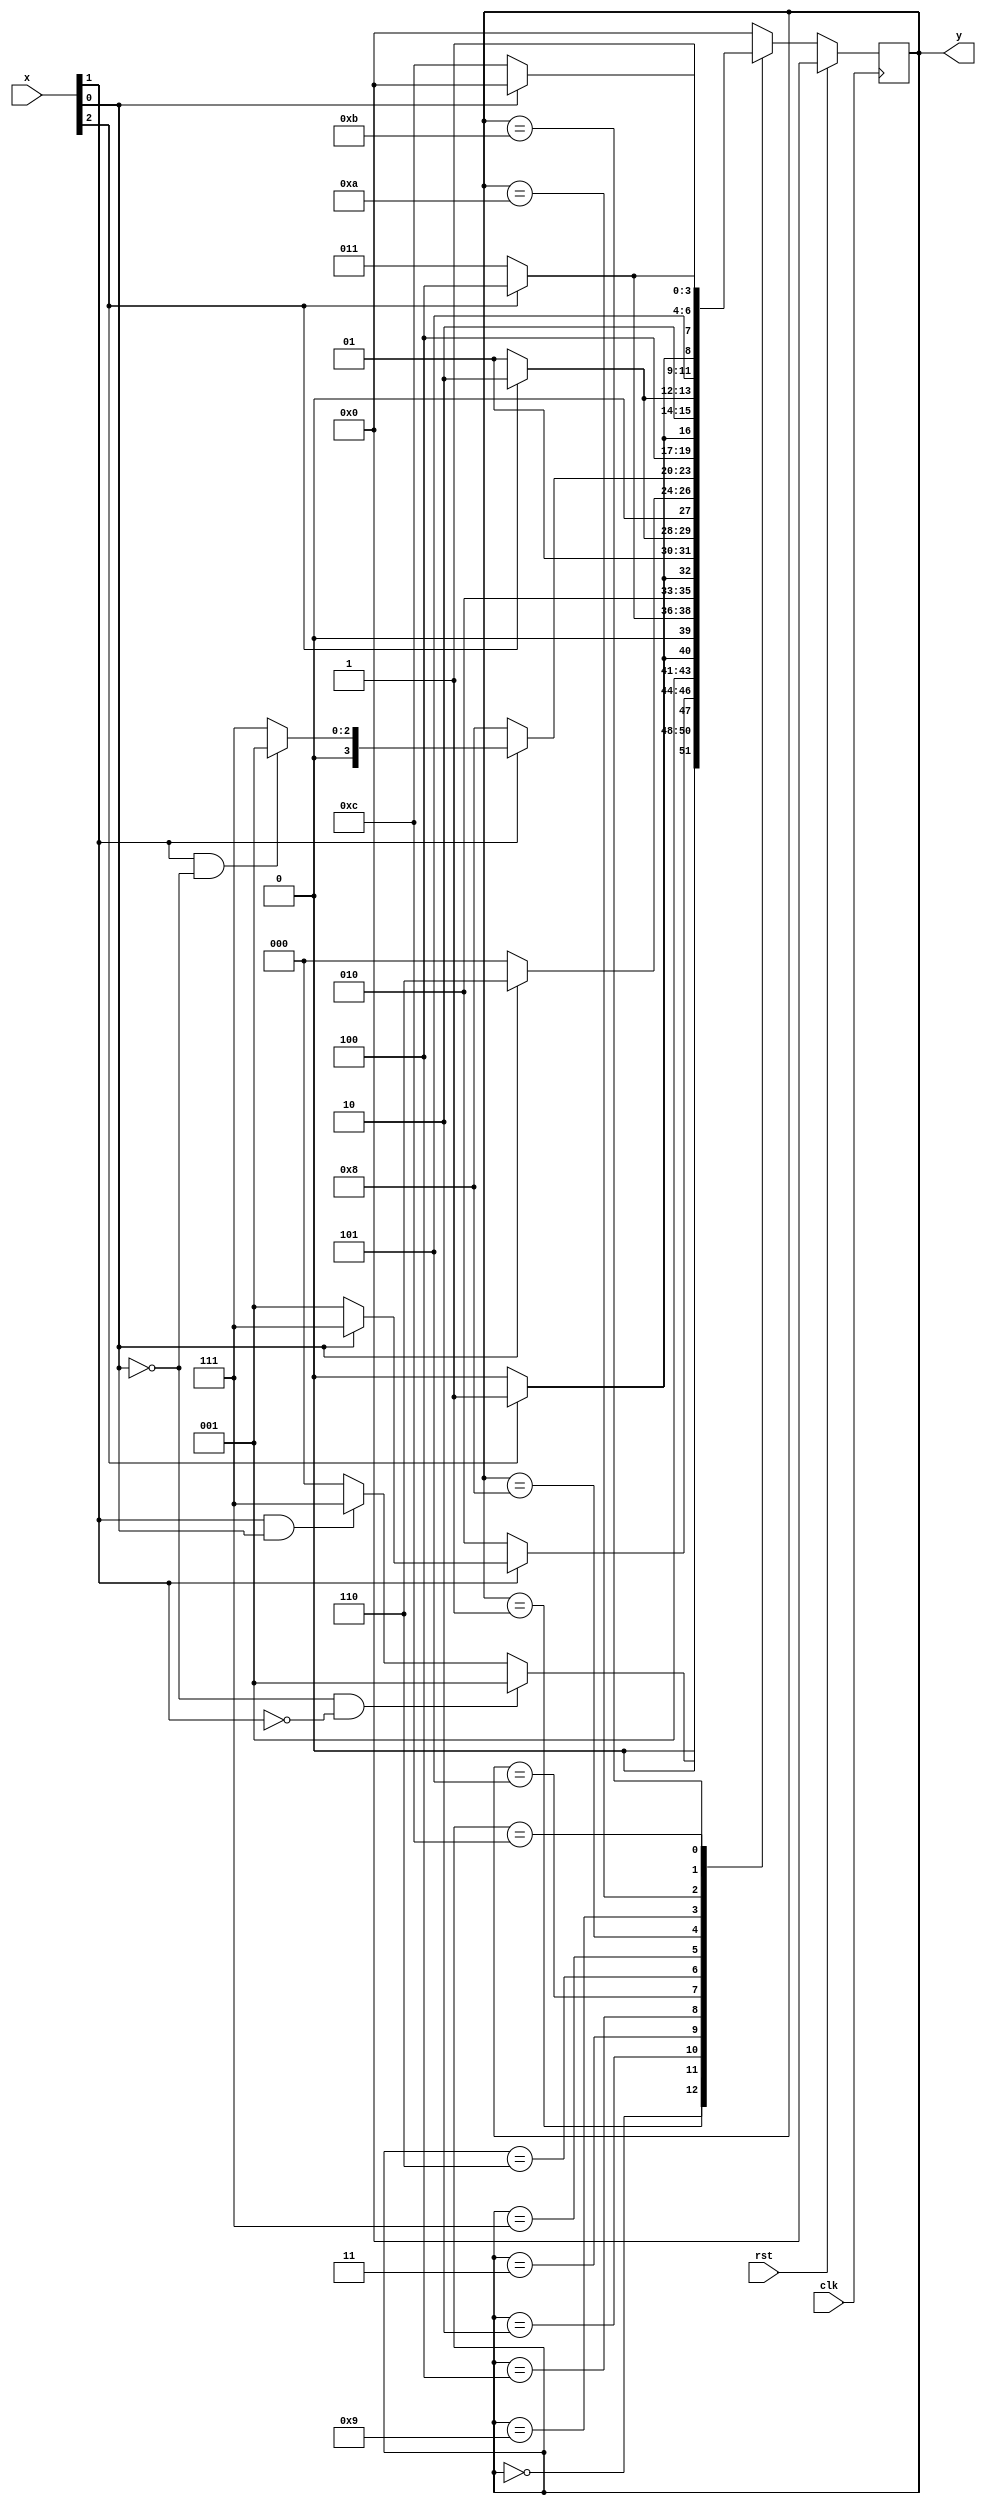
module mefselectmaquina(x, y, clk,rst);
	input [0:2] x;
	input clk, rst;
	output [0:3] y;

	parameter [0:3] menu = 4'b0000, ms = 4'b0001, ml = 4'b0111,
						 s0 = 4'b0010, s1 = 4'b0011, s2 = 4'b0100, s3 = 4'b0101, 
						 l0 = 4'b1000, l1 = 4'b1001, l2 = 4'b1010, l3 = 4'b1011,
						 sc = 4'b0110, lc = 4'b1100;
						 
	reg [0:3] state, nextstate;


	always @(posedge clk)
		if(rst)begin 
			state <= menu;
		end
		else begin 
			state <= nextstate;
			end 


	always @(*)
		case(state)
			menu: if(x[2] == 0 & x[1] == 0) nextstate = ms;
					else if(x[1] == 1 & x[2] == 1) nextstate = ml;
					else nextstate = menu;
			
			ms: if(x[1] == 0) nextstate = s0;
				 else if(x[2] == 1) nextstate = ml;
				 else nextstate = ms;
			
			s0: if(x[0] == 1) nextstate = s1;
				 else nextstate = s0;
			
			s1: if(x[0] == 1) nextstate = s2;
				 else nextstate = s1;
			
			s2: if(x[0] == 1) nextstate = s3;
				 else nextstate = s2;
			
			s3: if(x[0] == 1) nextstate = sc;
				 else nextstate = s3;
				 
			sc: if(x[2] == 0) nextstate = menu;
				 else nextstate = sc;
		
			
			ml: if(x[1] == 0) nextstate = l0;
				 else if(x[1] == 1 & x[2] == 0) nextstate = ms;
				 else nextstate = ml;
			
			l0: if(x[0] == 1) nextstate = l1;
				 else nextstate = l0;
			
			l1: if(x[0] == 1) nextstate = l2;
				 else nextstate = l1;
				 
			l2: if(x[0] == 1) nextstate = l3;
				 else nextstate = l2;
			
			l3: if(x[0] == 1) nextstate = lc;
				 else nextstate = l3;
				 
			lc: if(x[2] == 1) nextstate = menu;
				 else nextstate = lc;
			
			default nextstate = menu;

	
		endcase
		
		assign y = state; 
		

	

endmodule